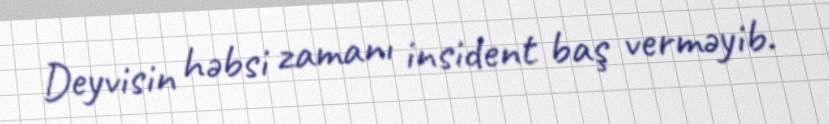
Deyvisin həbsi zamanı insident baş verməyib.